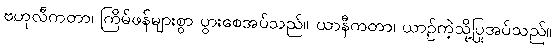
ဗဟုလီကတာ၊ ကြိမ်ဖန်များစွာ ပွားစေအပ်သည်။ ယာနီကတာ၊ ယာဉ်ကဲ့သို့ပြုအပ်သည်။